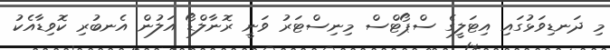
މި ދަނޑިވަޅުގައި އިޓަލީގެ ސްޕޯޓްސް މިނިސްޓަރު ވަނީ ރޮނާލްޑޯ އަލުން އެނބުރި ކޮވިޑާއެކު